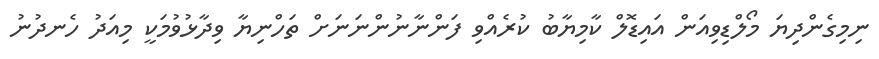
ނިމިގެންދިޔަ މޯލްޑިވިއަން އައިޑޮލް ކާމިޔާބު ކުރެއްވި ފަންނާނުންނަނަށް ތަހްނިޔާ ވިދާޅުވުމަކީ މިއަދު ހެނދުނު